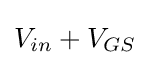
V_{in}+V_{GS}